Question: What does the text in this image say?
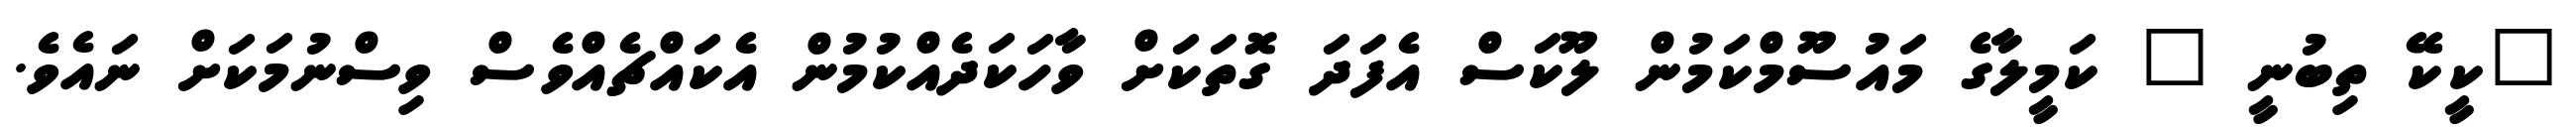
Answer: "ކީކޭ ތިބުނީ " ކަމީލާގެ މައުސޫމްކަމުން ލޫކަސް އެފަދަ ގޮތަކަށް ވާހަކަދެއްކުމުން އެކައްޗެއްވެސް ވިސްނުމަކަށް ނައެވެ.